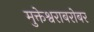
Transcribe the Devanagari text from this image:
मुक्तेश्वराबरोबर